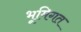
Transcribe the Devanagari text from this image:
भूमिगत